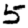
Digit: 5